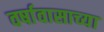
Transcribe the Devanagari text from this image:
वर्षावासाच्या